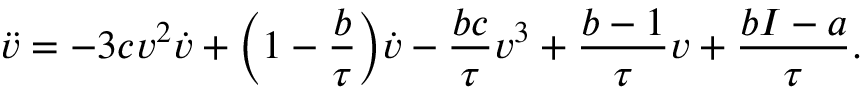
\ddot { v } = - 3 c v ^ { 2 } \dot { v } + \Big ( 1 - \frac { b } { \tau } \Big ) \dot { v } - \frac { b c } { \tau } v ^ { 3 } + \frac { b - 1 } { \tau } v + \frac { b I - a } { \tau } .